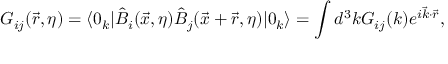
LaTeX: { \cal G } _ { i j } ( \vec { r } , \eta ) = \langle 0 _ { k } | \hat { B } _ { i } ( \vec { x } , \eta ) \hat { B } _ { j } ( \vec { x } + \vec { r } , \eta ) | 0 _ { k } \rangle = \int d ^ { 3 } k { \cal G } _ { i j } ( k ) e ^ { i \vec { k } \cdot \vec { r } } ,